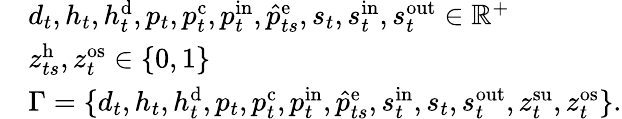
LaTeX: \begin{array}{rl}&{d_{t},h_{t},h_{t}^{\mathrm{{d}}},p_{t},p_{t}^{\mathrm{c}},p_{t}^{\mathrm{{in}}},\hat{p}_{ts}^{\mathrm{e}},s_{t},s_{t}^{\mathrm{{in}}},s_{t}^{\mathrm{out}}\in\mathbb{R}^{+}}\\ &{z_{ts}^{\mathrm{{h}}},z_{t}^{\mathrm{os}}\in\{ 0,1\} }\\ &{\Gamma=\{ d_{t},h_{t},h_{t}^{\mathrm{{d}}},p_{t},p_{t}^{\mathrm{c}},p_{t}^{\mathrm{{in}}},\hat{p}_{ts}^{\mathrm{e}},s_{t}^{\mathrm{{in}}},s_{t},s_{t}^{\mathrm{out}},z_{t}^{\mathrm{{su}}},z_{t}^{\mathrm{os}}\} .}\end{array}